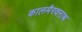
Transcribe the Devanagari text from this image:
कालमैरवनाथ